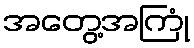
အတွေ့အကြုံ